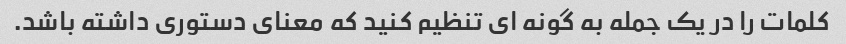
کلمات را در یک جمله به گونه ای تنظیم کنید که معنای دستوری داشته باشد.